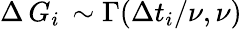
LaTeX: \Delta\, G_{i}\, \sim\Gamma(\Delta t_{i}/\nu,\nu)